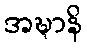
အဍ္ဎာနိ